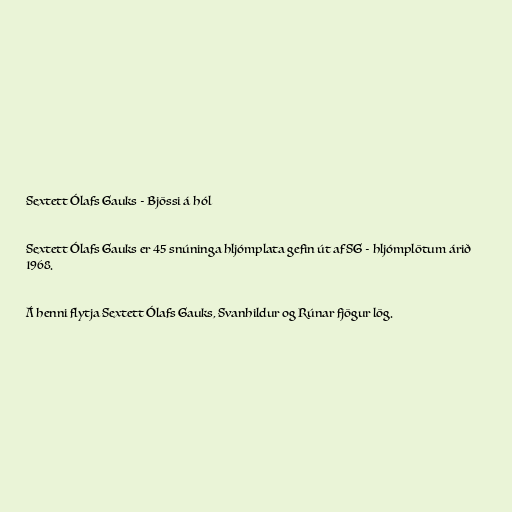
Sextett Ólafs Gauks - Bjössi á hól

Sextett Ólafs Gauks er 45 snúninga hljómplata gefin út af SG - hljómplötum árið
1968.

Á henni flytja Sextett Ólafs Gauks, Svanhildur og Rúnar fjögur lög.